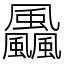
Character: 飍